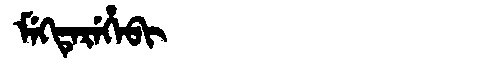
Manchu: ᠮᡝᡴᡨᡝᡵᡝᡥᡝᠪᡳ
Romanization: MEKTEREHEBI